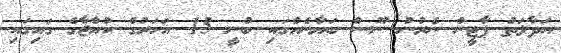
އަދާލަތު ޕާޓީން ނެރުނު ނޫސް ބަޔާނެއްގައި ބުނީ 15 އަހަރުގެ ކުއްޖާގެ ގައިގައި